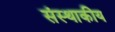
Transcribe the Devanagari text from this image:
संस्थाकीय